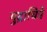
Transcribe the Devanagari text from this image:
मुद्राचित्रे